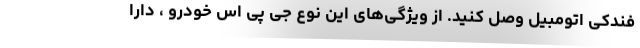
فندکی اتومبیل وصل کنید. از ویژگی‌های این نوع جی پی اس خودرو ، دارا